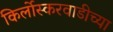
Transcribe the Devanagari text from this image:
किर्लोस्करवाडीच्या